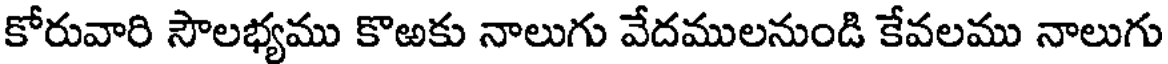
కోరువారి సౌలభ్యము కొఱకు నాలుగు వేదములనుండి కేవలము నాలుగు